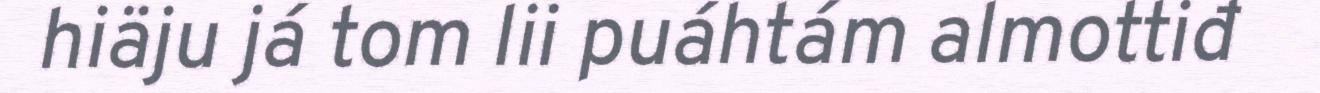
hiäju já tom lii puáhtám almottiđ